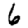
Digit: 6